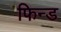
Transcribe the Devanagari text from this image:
फिन्ड